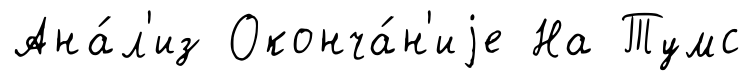
Ана́л'из Оконча́н'иjе На Тумс